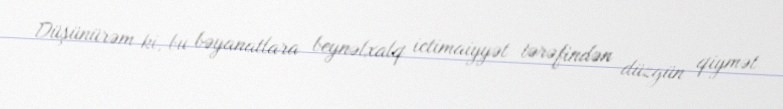
Düşünürəm ki, bu bəyanatlara beynəlxalq ictimaiyyət tərəfindən düzgün qiymət